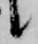
候